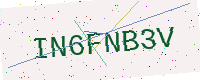
Text: IN6FNB3V